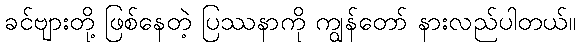
ခင်ဗျားတို့ ဖြစ်နေတဲ့ ပြဿနာကို ကျွန်တော် နားလည်ပါတယ်။